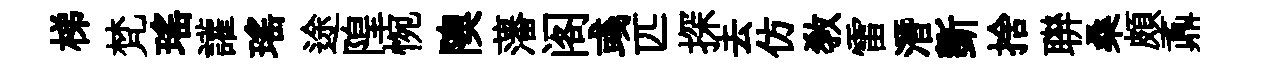
梯梵瑶讙瑤途隍惋隩藩阁彧匹探去仿教雷潛斵捨聨桑頗鼒